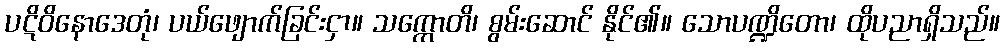
ပဋိဝိနောဒေတုံ၊ ပယ်ဖျောက်ခြင်းငှာ။ သက္ကောတိ၊ စွမ်းဆောင် နိုင်၏။ သောပဏ္ဍိတော၊ ထိုပညာရှိသည်။